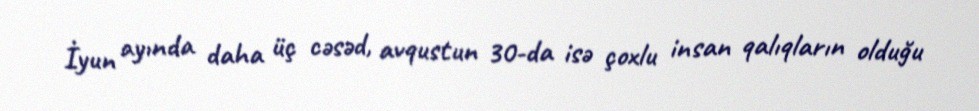
İyun ayında daha üç cəsəd, avqustun 30-da isə çoxlu insan qalıqların olduğu